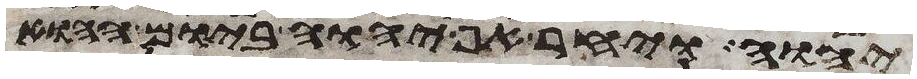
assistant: יהוה ויחר אף יהוה ביום ההוא